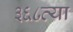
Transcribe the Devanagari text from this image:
३६८व्या